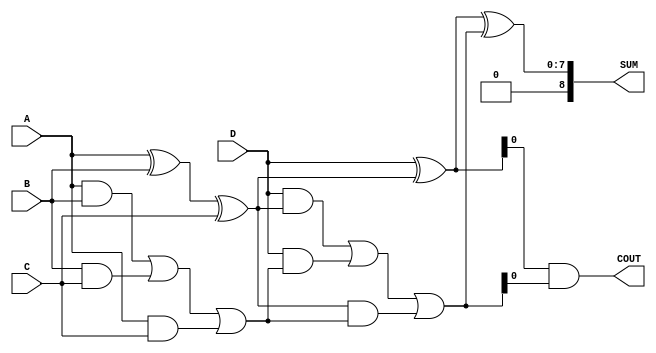
module carry_save_adder (
    input [7:0] A,  // Operand A
    input [7:0] B,  // Operand B
    input [7:0] C,  // Operand C
    input [7:0] D,  // Operand D
    output [8:0] SUM, // Final sum output
    output COUT       // Final carry output
);

    // Intermediate signals for partial sums and carries
    wire [8:0] PS1, PS2, PS3; // Partial sums
    wire [8:0] C1, C2, C3;    // Carries

    // First level of CSA
    // Grouping inputs in threes
    // A, B, C
    assign PS1 = A ^ B ^ C;    // Partial sum for A, B, C
    assign C1 = (A & B) | (B & C) | (A & C); // Carry for A, B, C

    // Grouping next three inputs
    // D, PS1, C1
    assign PS2 = D ^ PS1;      // Partial sum for D and previous partial sum
    assign C2 = (D & PS1) | (D & C1) | (PS1 & C1); // Carry for D, PS1, C1

    // Final addition of partial sums and carries
    assign SUM = PS2 ^ C2;     // Final sum
    assign COUT = (PS2 & C2) | (PS2 & C2); // Final carry out

endmodule